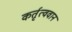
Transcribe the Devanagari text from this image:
कर्तृत्‍ववान